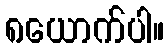
၈ယောက်ပါ။